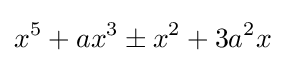
x^{5}+ax^{3}\pm x^{2}+3a^{2}x